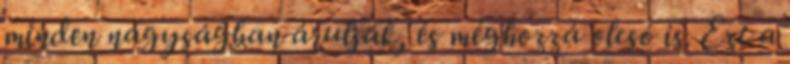
minden nagyságban árulják, és méghozzá olcsó is. Ezt a